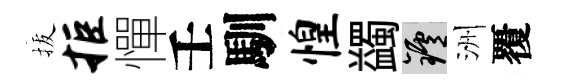
拔拒憚壬馴惶蠲爐洲覆